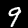
Digit: 9